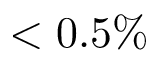
< 0 . 5 \%